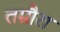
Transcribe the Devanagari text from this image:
तम्रौरा